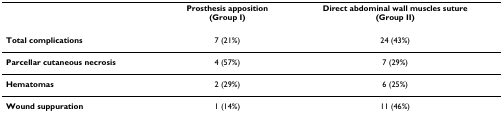
|  | Prosthesis apposition(Group I) | Direct abdominal wall muscles suture(Group II) |
 | --- | --- | --- |
 | Total complications | 7 (21%) | 24 (43%) |
 | Parcellar cutaneous necrosis | 4 (57%) | 7 (29%) |
 | Hematomas | 2 (29%) | 6 (25%) |
 | Wound suppuration | 1 (14%) | 11 (46%) |